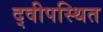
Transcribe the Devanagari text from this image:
द्वीपस्थित